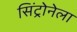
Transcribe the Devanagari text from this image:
सिंट्रोनेला